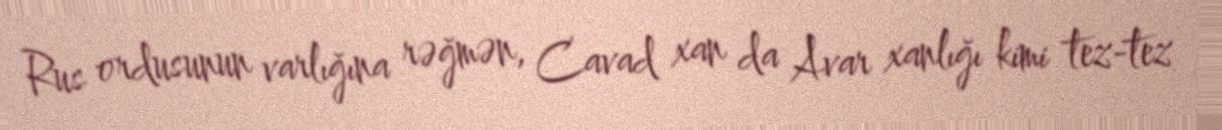
Rus ordusunun varlığına rəğmən, Cavad xan da Avar xanlığı kimi tez-tez